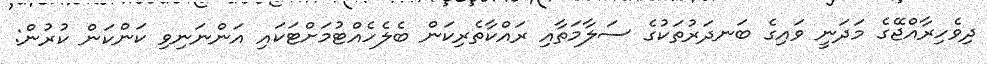
ދިވެހިރާއްޖޭގެ މަދަނީ ވައިގެ ބަނދަރުތަކުގެ ސަލާމަތާއި ރައްކާތެރިކަން ބެލެހެއްޓުމަށްޓަކައި އަންނަނިވި ކަންކަން ކުރުން: